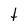
Character: t